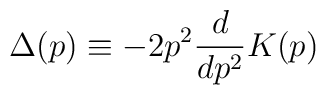
\Delta (p) \equiv - 2 p^2 \frac{d}{dp^2} K(p)